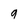
Character: 9